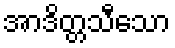
အာဒိတ္တသီသော